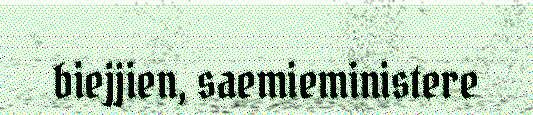
biejjien, saemieministere